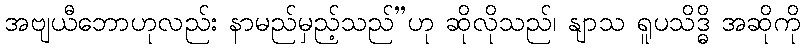
အဗျယီဘောဟုလည်း နာမည်မှည့်သည်”ဟု ဆိုလိုသည်၊ နျာသ ရူပသိဒ္ဓိ အဆိုကို